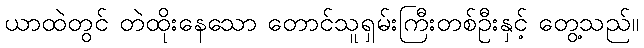
ယာထဲတွင် တဲထိုးနေသော တောင်သူရှမ်းကြီးတစ်ဦးနှင့် တွေ့သည်။